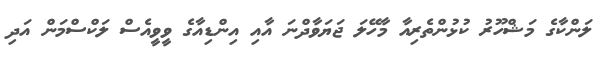
ލަންކާގެ މަޝްހޫރު ކުޅުންތެރިއާ މާހޭލަ ޖަޔަވާދްނަ އާއި އިންޑިއާގެ ވީވީއެސް ލަކްސްމަން އަދި